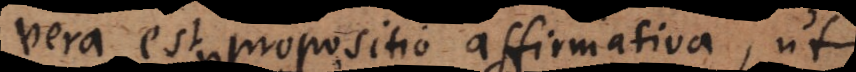
vera est propositio affirmativa, ut